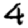
Digit: 4